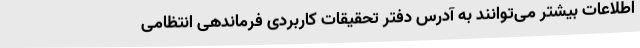
اطلاعات بیشتر می‌توانند به آدرس دفتر تحقیقات کاربردی فرماندهی انتظامی